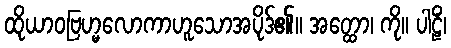
ထိုယာဝဗြဟ္မလောကာဟူသောအပိုဒ်၏။ အတ္ထော၊ ကို။ ပါဠိံ၊